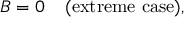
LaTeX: B = 0 \; \; \; \; \mathrm { ( e x t r e m e ~ c a s e ) } ,